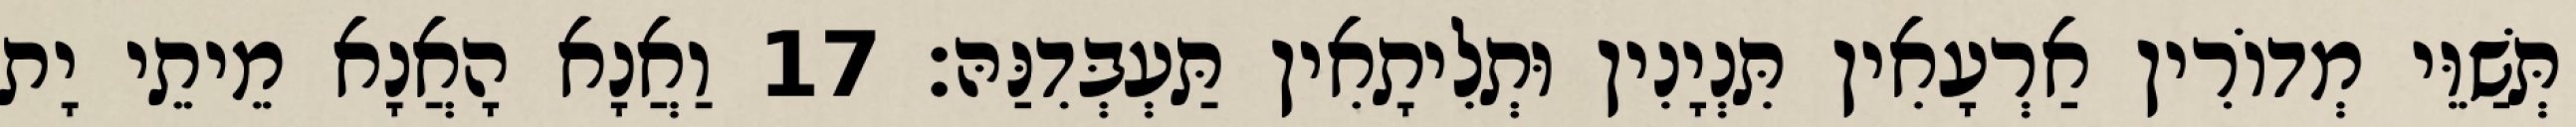
תְּשַׁוֵּי מְדוֹרִין אַרְעָאִין תִּנְיָנִין וּתְלִיתָאִין תַּעְבְּדִנַּהּ׃ 17 וַאֲנָא הָאֲנָא מֵיתֵי יָת